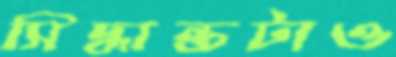
সিদ্ধান্তটাও